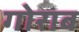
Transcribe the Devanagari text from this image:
गोराब